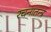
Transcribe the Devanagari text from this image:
रचनातन्त्र